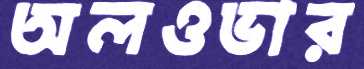
অলওভার